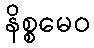
နိစ္စမေဝ